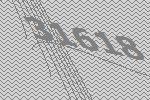
31618